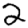
Digit: 2